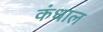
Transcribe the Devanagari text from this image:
कंधाल